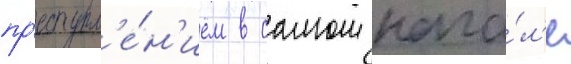
пр'еступл'е́н'ием в самом нача́л'е